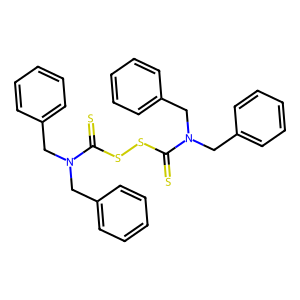
SMILES: S=C(SSC(=S)N(Cc1ccccc1)Cc1ccccc1)N(Cc1ccccc1)Cc1ccccc1
Inhibits HIV replication: No